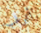
أترغب